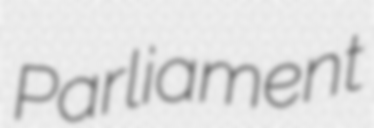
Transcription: Parliament